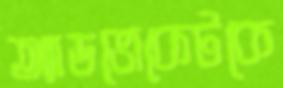
অ্যাডভোকেটকে